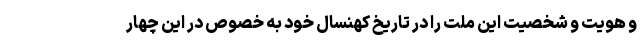
و هویت و شخصیت این ملت را در تاریخ کهنسال خود به خصوص در این چهار